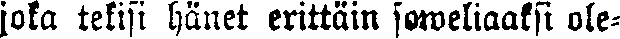
joka tekisi hänet erittäin soweliaaksi ole-